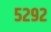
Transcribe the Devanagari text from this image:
५२९२